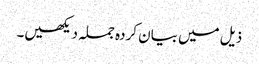
ذیل میں بیان کردہ جملہ دیکھیں۔